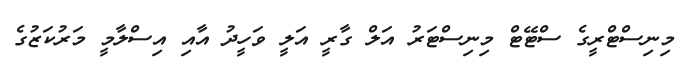
މިނިސްޓްރީގެ ސްޓޭޓް މިނިސްޓަރު އަލް ގާރީ އަލީ ވަހީދު އާއި އިސްލާމީ މަރުކަޒުގެ